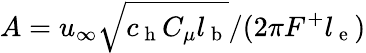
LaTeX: A=u_{\infty}\sqrt{c_{\mathrm{~h~}}C_{\mu}l_{\mathrm{~b~}}}/(2\pi F^{+}l_{\mathrm{~e~}})